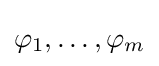
\varphi _{1},\ldots ,\varphi _{m}